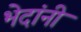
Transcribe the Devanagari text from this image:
भेदांनी